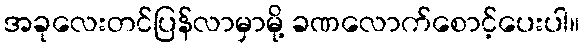
အခုလေးတင်ပြန်လာမှာမို့ ခဏလောက်စောင့်ပေးပါ။